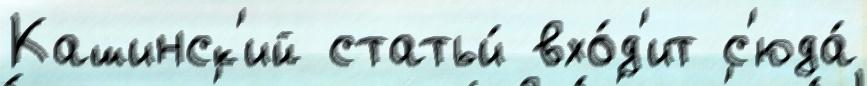
Кашинск'ий статьи́ вхо́д'ит с'юда́